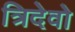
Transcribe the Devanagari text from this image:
त्रिदेवो